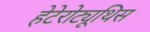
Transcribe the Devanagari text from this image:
हेटेरोट्यूथिस